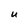
Character: U